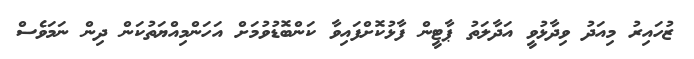
ޒުހައިރު މިއަދު ވިދާޅުވީ އަދާލަތު ޕާޓީން ފާޅުކޮށްފައިވާ ކަންބޮޑުވުމަށް އަހަންމިއްޔަތުކަން ދިން ނަމަވެސް